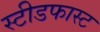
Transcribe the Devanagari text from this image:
स्टीडफास्ट